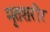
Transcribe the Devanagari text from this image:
मृतशरीर